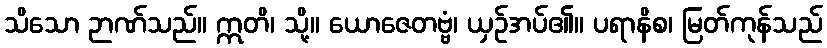
သိသော ဉာဏ်သည်။ ဣတိ၊ သို့။ ယောဇေတဗ္ဗံ၊ ယှဉ်အပ်၏။ ပရာနိစ၊ မြတ်ကုန်သည်